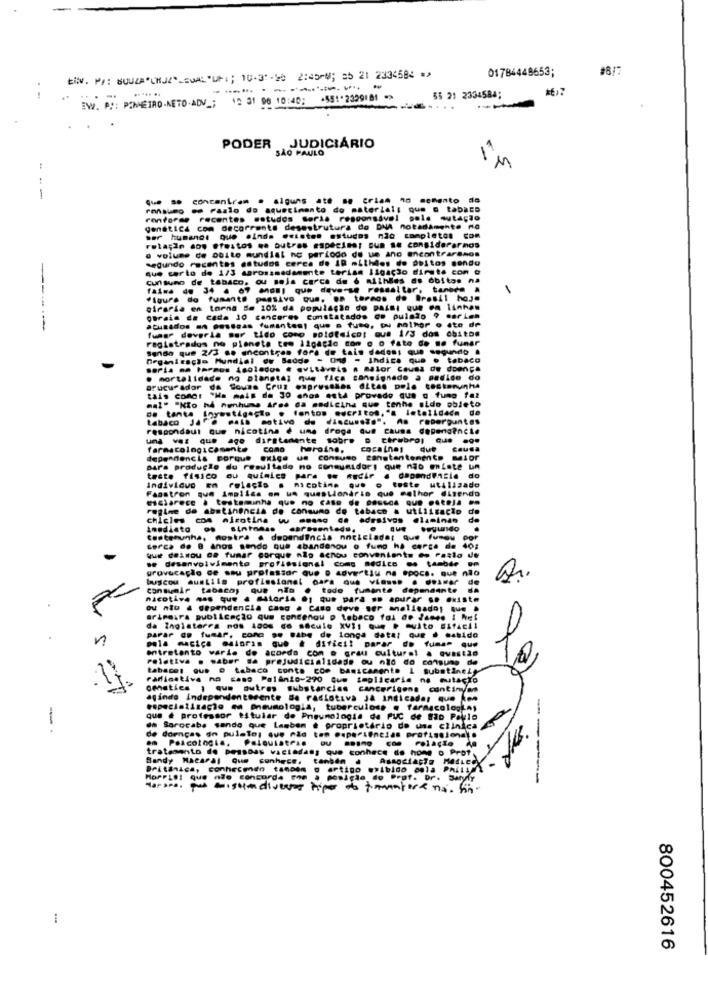
01784448653;
EN :. Pr: MUUZACHJE"LEGAL"1; 10-31-50 2:45-0; 05 21 2334584 =>
---- -------
..
EW. P :: PINHEIRO-NETO.ADV _; 12 31 96 10:40: +551*2329181 *>
55 21 2334584;
....
PODER JUDICIÁRIO
SAO PAULO
I'M
--
que se concentram . alguns ate se criam no scmento da
consumo es Fazio do aquecimento do material; que o tabaco
conforme recentes estudos Seria responsável pole mutação
GendtICA com decorrente desestrutura do DNA notadamente no
ser humano: que ainda existen estudos não completos com
o volume de Dbite mundial no periodo de ue ano encontraremos
reta;in aos efeitos me outras espécime: Bum se considerarmos
segundo recentes estudos cerca de 10 míthios de peitos mondo
que certo de 1/3 marossmadamente teriam ligação dinate con
Cuntuno de tabaco, ou seja cerca de 6 milhles as óbitos na
faina de 34 4 69 ane8; que deve-se ressaltar, tanede .
Figure do fumante passivo que. .. termos do Brasil hoje
ciraria en torna 5e 10% da população do passi que ea linhas
oBrain de cada 10 canceres Constatados do pulmão
-----
acusados ** *** seas fumantes: que o fumo, tu hathor o dte de
fumar deveria sur tido como poloteicot ous 1/3 dos cbiton
registrados no planeta teo ligagic con o o fato de me funar
Sendo que 2/3 de encontres fora de tais dados; que segundo .
Organização Mundial de Badde - Omg - Indica que · tabaco
soria mm tarmos isolados . evitáveis . Mior Causa de doença
· mortalidade no planeta; que fica consignado a pedido do
orucu adar da Soune Cruz expressses ditas pole testenunhs
tais como: "Ha mais de 30 anos esta provado que o fumo fal
mal" "Kto hd nenhuma Ares da medicthe que tenhe sido objeto
Da tanta investigação . fontos escritos,"a letalidade de
tabaco Jare mais motivo de discussão". As reberpuntes
respondaut que nicotina @ ume droga que causa depend?ncle
una vez que age diretamente sobre o cérebro,que .o.
farmacologicamente
COMO
heroine.
que
causa
dependencia porque exige us consumo constantemente maior
para produção du resultado no consumidori que não enLote un
teste fisico
ou quinice para .. nedir . dependencia do
Individuo Em relação . nicotine que
Fasstron que implica om us questionario que melhor dizendo
o teste utilizado
testeminha que no caso de 08seca que estela
regime de abstinencia de consumo de tabaco a utilização de
os alrotina w amano de adesivos alaminan
de
tondisto os sintomas caresented ..
---
testemunha, mostra . dependencia noticiader que fumou
Cerca de 8 Anos sendo que abandonou o fumo ha cerca de 40;
.e desenvolvimento profissional come medico .. tambde om
que dessou ce fumar porque não achou conveniente @o Paslo de
provocação de sau professor que o Advertiu na epoca. que não
buscou austile profissional para que viosss . dosmer de
Consumir tabaco; que não @ tode fumante dependente da
nacotive que que · Maioria @; que para .. apurar .. existe
ou não 4 dependencia Cang . Caso deve ser analisados que .
ariFeira publicação que contenou p tabaco fal ao James I het
da Inglaterra mos 100m do século XVI1 Que . muito #1facil
n
parar es fumar, come .. Babe de longa data! que · sabido
Dola maciça maioria que # dificil parar do fumar que
entretanto varia de acordo com o grau culturel a questão
relativa . saber sa prejudicialidade ou nid do consumo de
tabacet que o tabaco conta com basicamente I substineky
Farlostive no caso PalAnio-290 Gum implicaria na mutação
omatics , que autres substancias cancerigons continyan
agindo Independentemente Be radiotiva Ja indicadas que ken
especialização em pneumologia, tuberculose . farmacologias
que é professor titular de Pneumologia da PUC de São Paulo
-.
@h Sorocaba sendo que Lamben @ proprietário de uns clinica
de doenças do pulotos que não ton experiencias profissional.
em Psicologia, Psiquiatras
----
relação An
tratamento de pessoas viciadass que conhece de hone o Prof.
Bandy Macaral Que conhece. tanben .
Associação MaiLecy
Britanica, conhecendo também o artigo exibido omla Philli
. ode concurda
posição do Prof. Dr. Sarydy
au sisumdivers hiper de tomaterené. sin-
-
800452616